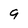
Character: 9